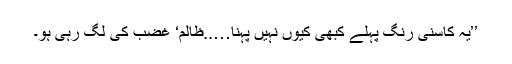
’’یہ کاسنی رنگ پہلے کبھی کیوں نہیں پہنا…..ظالم‘ غضب کی لگ رہی ہو۔